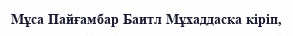
Мұса Пайғамбар Баитл Мұхаддаска кіріп,